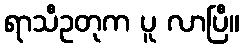
ရာသီဥတုက ပူ လာပြီ။